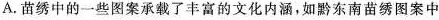
A.苗绣中的一些图案承载了丰富的文化内涵，如黔东南苗绣图案中